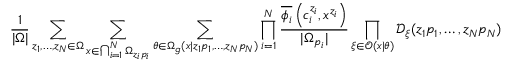
\frac { 1 } { | \Omega | } \sum _ { z _ { 1 } , \ldots , z _ { N } \in \Omega } \sum _ { x \in \bigcap _ { i = 1 } ^ { N } \Omega _ { z _ { i } p _ { i } } } \sum _ { \theta \in \Omega _ { g } ( x | z _ { 1 } p _ { 1 } , \ldots , z _ { N } p _ { N } ) } \prod _ { i = 1 } ^ { N } \frac { \overline { { { \phi _ { i } } } } \left( c _ { i } ^ { z _ { i } } , x ^ { z _ { i } } \right) } { | \Omega _ { p _ { i } } | } \prod _ { \xi \in \mathcal { O } ( x | \theta ) } \mathcal { D } _ { \xi } ( z _ { 1 } p _ { 1 } , \ldots , z _ { N } p _ { N } )